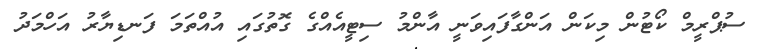
ސުޕްރީމް ކޯޓުން މިކަން އަންގާފައިވަނީ އާންމު ސިޓީއެއްގެ ގޮތުގައި އުއްތަމަ ފަނޑިޔާރު އަހްމަދު